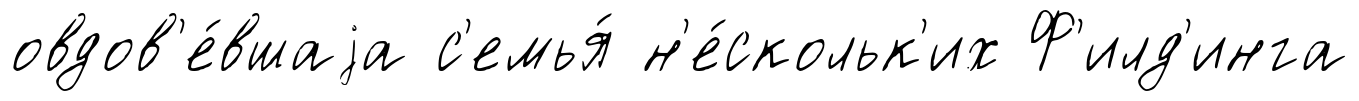
овдов'е́вшаjа с'емья́ н'е́скольк'их Ф'илд'инга